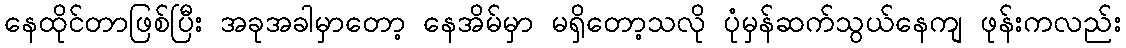
နေထိုင်တာဖြစ်ပြီး အခုအခါမှာတော့ နေအိမ်မှာ မရှိတော့သလို ပုံမှန်ဆက်သွယ်နေကျ ဖုန်းကလည်း